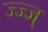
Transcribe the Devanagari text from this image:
ज्ज्ज्